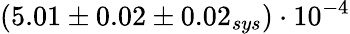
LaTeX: (5.01\pm 0.02\pm 0.02_{sys})\cdot 10^{-4}